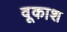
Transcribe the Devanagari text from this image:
वूकाश